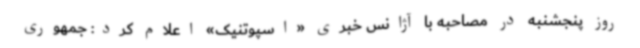
روز پنجشنبه در مصاحبه با آژانس خبری «اسپوتنیک» اعلام کرد: جمهوری